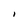
Character: l